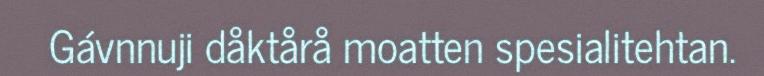
Gávnnuji dåktårå moatten spesialitehtan.